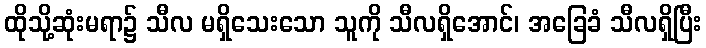
ထိုသို့ဆုံးမရာ၌ သီလ မရှိသေးသော သူကို သီလရှိအောင်၊ အခြေခံ သီလရှိပြီး